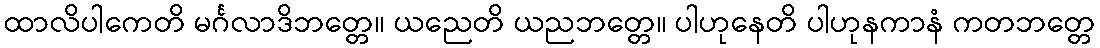
ထာလိပါကေတိ မင်္ဂလာဒိဘတ္တေ။ ယညေတိ ယညဘတ္တေ။ ပါဟုနေတိ ပါဟုနကာနံ ကတဘတ္တေ